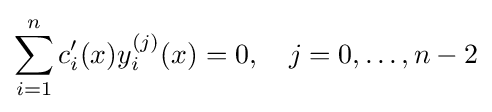
\sum _{i=1}^{n}c_{i}'(x)y_{i}^{(j)}(x)=0,\quad j=0,\ldots ,n-2